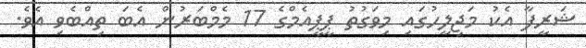
ޝަރީފާ އެކު މަޖިލީހުގައި މިވަގުތު ޕީޕީއެމްގެ 17 މެމްބަރުން އެބަ ތިއްބެވި އެވެ.